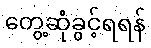
တွေ့ဆုံခွင့်ရရန်